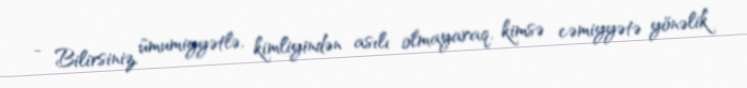
- Bilirsiniz, ümumiyyətlə, kimliyindən asılı olmayaraq, kimsə cəmiyyətə yönəlik